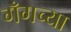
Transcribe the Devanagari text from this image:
गँगच्या